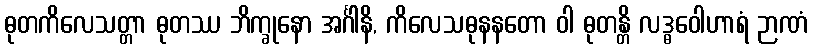
ဓုတကိလေသတ္တာ ဓုတဿ ဘိက္ခုနော အင်္ဂါနိ, ကိလေသဓုနနတော ဝါ ဓုတန္တိ လဒ္ဓဝေါဟာရံ ဉာဏံ